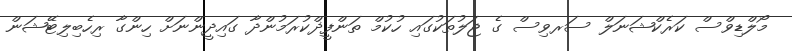
މޯލްޑިވްސް ކަރެކްޝަނަލް ސަރވިސް ގެ ޖަލުތަކުގައި ހުކުމް ތަންފީޛްކުރަމުންދާ ގައިދީންނަށް ހިންގާ ރިހެބިލިޓޭޝަން